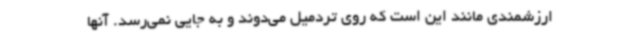
ارزشمندی مانند این است که روی تردمیل می‌دوند و به جایی نمی‌رسد. آنها